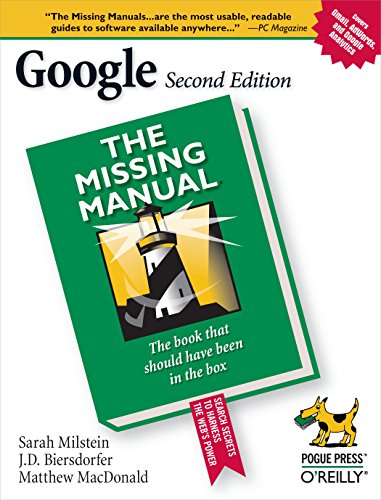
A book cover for Google: The Missing Manual; Sarah Milstein; Computers & Technology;